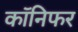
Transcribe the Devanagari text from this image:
कॉनिफर